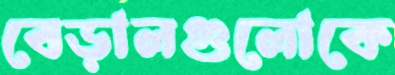
বেড়ালগুলোকে